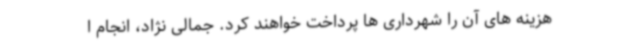
هزینه های آن را شهرداری ها پرداخت خواهند کرد. جمالی نژاد، انجام ا